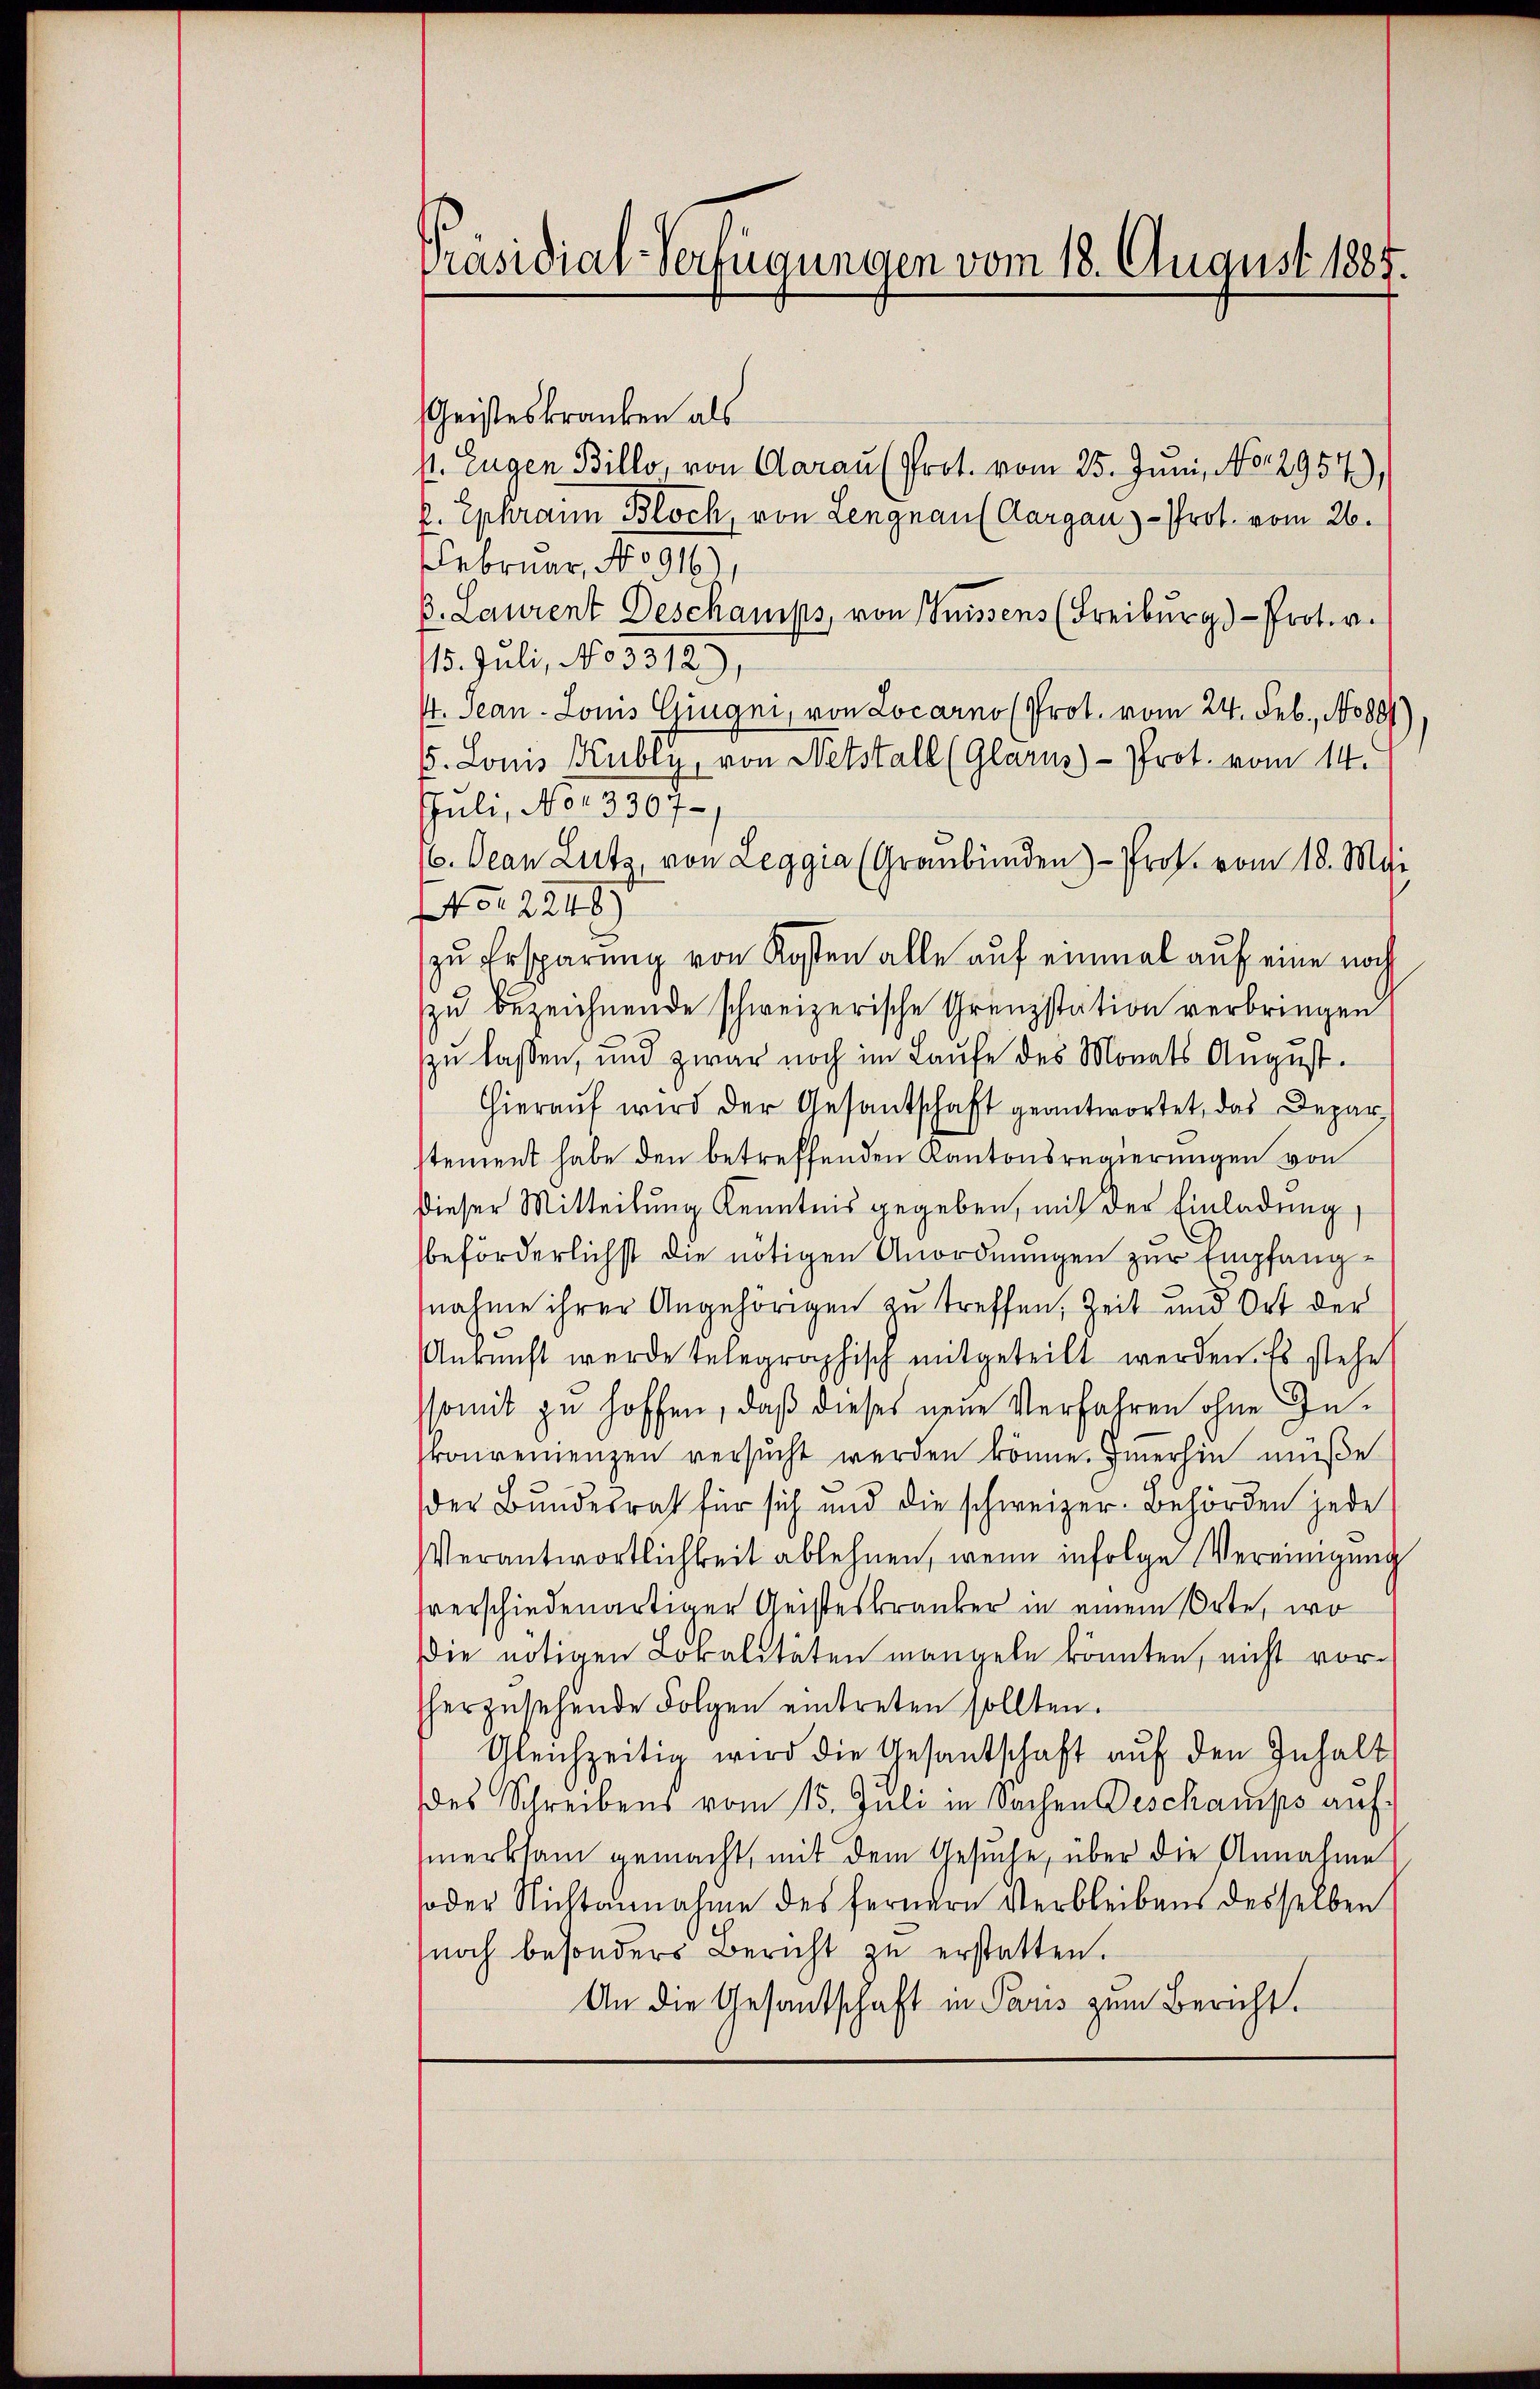
Präsidial-Verfügungen vom 18. August 1885.

Geisteskranken als
M. Eugen Billo, von Aarau (Prot. vom 25. Juni, No. 2954),
k. Ephrann Bloch, von Lengnau (Aargau - Prof. vom 26.
Februar, No 916)
B. Laurent Deschamps, von Suissens (Freiburg) - Prot. v.
115. Juli, No 3312),
. Jean - Louis Gingni, von Locarno (Prot. vom 24. Feb., No 881)
5. Louis Kubly, von Netstall (Glarus)- Prot. vom 14.
Juli, No 13307.
6. Jean Lutz, von Leggia (Graubünden) - Prof. vom 18. Mai
No. 2248
zu Ersparung von Kosten alle auf einmal auf eine noch
zu bezeichnende schweizerische Grenzstation verbringen
zu laßen, und zwar noch im Laufe des Monats August.
Hierauf wird der Gesantschaft geantwortet, das Depar
stement habe den betreffenden Kantonsregierungen von
dieser Mitteilung Kenntnis gegeben, mit der Einladung,
beförderlichst die nötigen Anordnungen zur Empfangnahme ihrer Angehörigen zu treffen, Zeit und Ort der
Ankunft werde telegraphisch mitgeteilt werden. Es stehe
ssomit zu hoffen, daß dieses neue Verfahren ohne Inkonvenienzen versucht werden könne. Immerhin müße
der Bundesrat für sich und die schweizer-Behörden jede
Verantwortlichkeit ablehnen, wenn infolge Vereinigung
sverschiedenartiger Geisteskranker in einem Orte, wo
die nötigen Lokalitäten mangeln könnten, nicht vorherzusehende Folgen eintreten sollten.
Gleichzeitig wird die Gesantschaft auf den Inhalt
des Schreibens vom 15. Juli in Sachen Deschamps auf
merksam gemacht, mit dem Gesuche, über die Annahme
oder Nichtannahme des fernern Verbleibens desselben
noch besonders Bericht zu erstatten.
An die Gesandschaft in Paris zum Bericht.